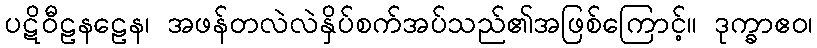
ပဋိဝီဠနဠေန၊ အဖန်တလဲလဲနှိပ်စက်အပ်သည်၏အဖြစ်ကြောင့်။ ဒုက္ခာဧဝ၊